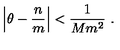
\left| \theta - \frac { n } { m } \right| < \frac { 1 } { M m ^ { 2 } } \ .